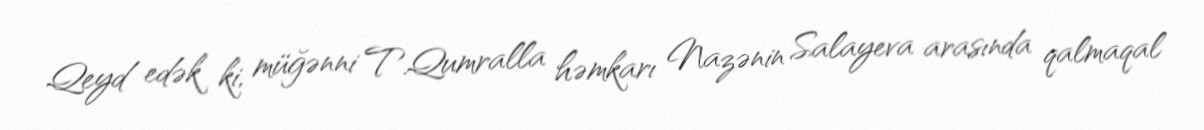
Qeyd edək ki, müğənni T.Qumralla həmkarı Nazənin Salayeva arasında qalmaqal